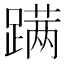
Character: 蹒